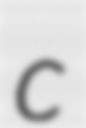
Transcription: c